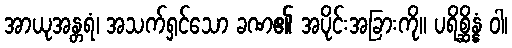
အာယုအန္တရံ၊ အသက်ရှင်သော ခဏ၏ အပိုင်းအခြားကို။ ပရိစ္ဆိန္နံ ဝါ၊